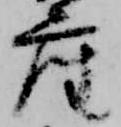
座